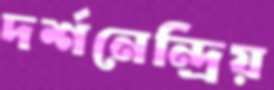
দর্শনেন্দ্রিয়